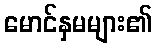
မောင်နှမများ၏